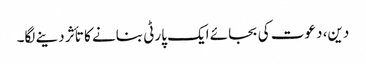
دین، دعوت کی بجائے ایک پارٹی بنانے کا تأثر دینے لگا۔